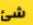
شئ